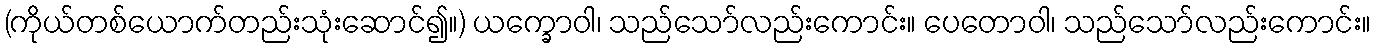
(ကိုယ်တစ်ယောက်တည်းသုံးဆောင်၍။) ယက္ခောဝါ၊ သည်သော်လည်းကောင်း။ ပေတောဝါ၊ သည်သော်လည်းကောင်း။